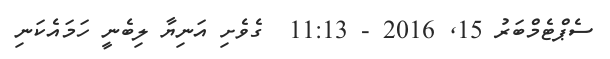
ސެޕްޓެމްބަރު 15